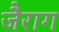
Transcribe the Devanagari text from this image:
जैराग